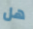
هل